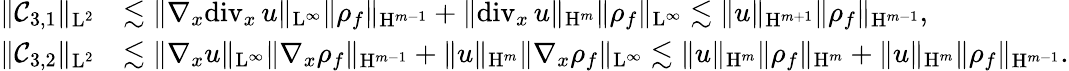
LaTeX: \begin{array}{rl}{\Vert\mathcal{C}_{3,1}\Vert_{\mathrm{L}^{2}}}&{\lesssim\Vert\nabla_{x}\mathrm{div}_{x}\, u\Vert_{\mathrm{L}^{\infty}}\Vert\rho_{f}\Vert_{\mathrm{H}^{m-1}}+\Vert\mathrm{div}_{x}\, u\Vert_{\mathrm{H}^{m}}\Vert\rho_{f}\Vert_{\mathrm{L}^{\infty}}\lesssim\Vert u\Vert_{\mathrm{H}^{m+1}}\Vert\rho_{f}\Vert_{\mathrm{H}^{m-1}},}\\ {\Vert\mathcal{C}_{3,2}\Vert_{\mathrm{L}^{2}}}&{\lesssim\Vert\nabla_{x}u\Vert_{\mathrm{L}^{\infty}}\Vert\nabla_{x}\rho_{f}\Vert_{\mathrm{H}^{m-1}}+\Vert u\Vert_{\mathrm{H}^{m}}\Vert\nabla_{x}\rho_{f}\Vert_{\mathrm{L}^{\infty}}\lesssim\Vert u\Vert_{\mathrm{H}^{m}}\Vert\rho_{f}\Vert_{\mathrm{H}^{m}}+\Vert u\Vert_{\mathrm{H}^{m}}\Vert\rho_{f}\Vert_{\mathrm{H}^{m-1}}.}\end{array}